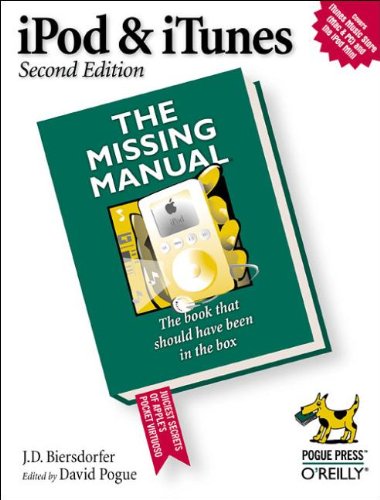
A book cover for iPod & iTunes: Missing Manual, Second Edition; J. D. Biersdorfer; Computers & Technology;